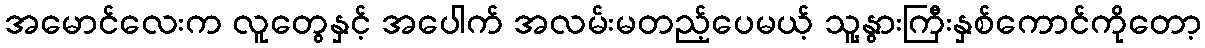
အမောင်လေးက လူတွေနှင့် အပေါက် အလမ်းမတည့်ပေမယ့် သူ့နွားကြီးနှစ်ကောင်ကိုတော့